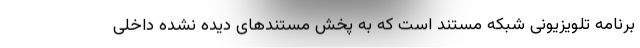
برنامه تلویزیونی شبکه مستند است که به پخش مستندهای دیده نشده داخلی